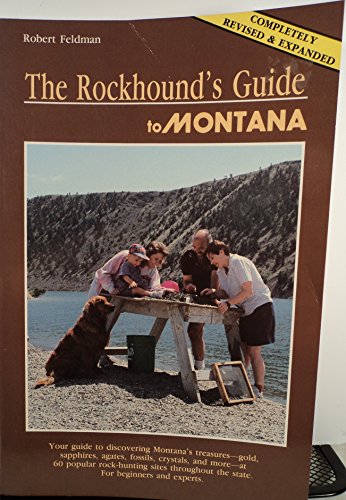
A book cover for The Rockhound's Guide to Montana; Robert Feldman; Travel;